system: You are a helpful assistant.
user:
Analyze the provided spectrum to determine if it is a **S-type Star**.

- **Key Indicators for S-type Star:**

    - **(Overall Spectrum Shape):** The first and most obvious characteristic is the overall continuum (the "baseline" shape). It is **extremely "red-sloping,"** meaning the flux (light intensity) is very low on the left side (blue, ~4000-4500 Å) and rises steeply and continuously toward the right side (red, ~7000 Å+).

    - **(Primary):** The spectrum is defined by the presence of strong, broad molecular absorption "valleys" (bands) from **Zirconium Oxide (ZrO)**. The identification of these bands is the **primary requirement** for classifying a star as S-type.
        - **(Key Bandheads):** You must find distinct, deep "dips" where the light has been absorbed. The most critical band systems to locate are:
            - **~6474 Å** ($\gamma$-system): This is often the strongest and clearest ZrO feature, found in the red part of the spectrum.
            - **~5718 Å** & **~5551 Å** ($\beta$-system): A pair of prominent absorption features in the yellow-orange part of the spectrum.
            - **~4640 Å** ($\alpha$-system): A key absorption band system in the blue-green region of the spectrum.

    - **(Secondary Confirmation):** The classification is strengthened by finding additional absorption bands from other related heavy element oxides, which are expected to be present alongside ZrO.
        - **(Key Bandheads):**
            - **Yttrium Oxide (YO):** Look for absorption dips near **~4800 Å** and **~6100 Å**.
            - **Lanthanum Oxide (LaO):** Additional absorption features, particularly in the red-orange part of the spectrum, are also characteristic.

    - **(Line Profile):** The combination of the steep red continuum and these numerous, deep molecular bands (ZrO, YO, etc.) gives the entire spectrum a very **"chopped-up"** or **"bumpy"** appearance. Instead of a smooth curve, the spectrum looks as though large, wide chunks of light have been "carved out" of it at the specific wavelengths listed above.

Think first, call **spectral_visualization_tool** if needed to examine features in detail, then provide your final answer. Your response must adhere to the following strict rules:
1.  **Overall Structure:** Your response must follow the format `<think>...</think> <tool_call>...</tool_call> (if a tool is used) <answer>...</answer>`.
2.  **Tool Usage Constraint:** You may only make **one** tool call per turn.
3.  **Final Answer Format:** In the `<answer>` tag, your conclusion must be inside a `\boxed{}` command (e.g., `\boxed{YES}` or `\boxed{NO}`), followed by your justification.

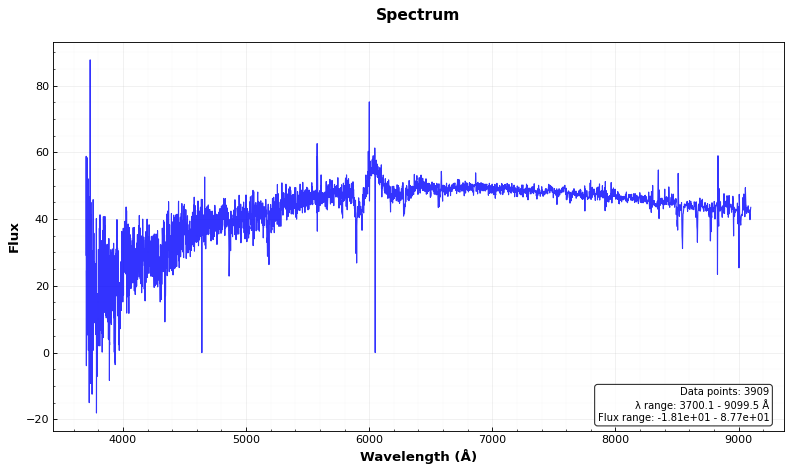
Answer: NO